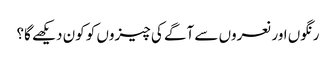
رنگوں اور نعروں سے آگے کی چیزوں کو کون دیکھے گا؟